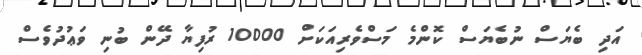
އަދި ބެޔަސް ނުބެޔަސް ކޮންމެ މަސްވެރިއަކަށް 10000 ރުފިޔާ ދޭން ބުނި ވަޢުދުވެސް